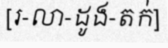
[រ-លា-ដូង-តក់]